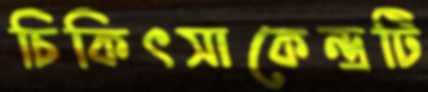
চিকিৎসাকেন্দ্রটি